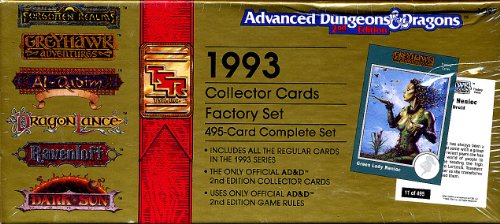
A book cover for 1993 Collector Cards Factory Set: 495-Card Complete Set (Advanced Dungeons & Dragons, 2nd Edition); Inc. TSR; Humor & Entertainment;